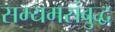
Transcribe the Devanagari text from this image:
सम्यमसंबुद्ध